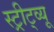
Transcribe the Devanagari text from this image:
स्ट्रीट्व्यू